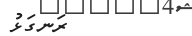
ރަނގަޅު